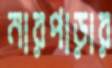
নারপাড়ার